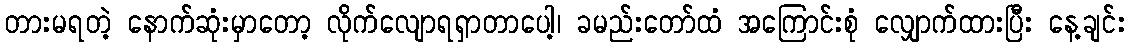
တားမရတဲ့ နောက်ဆုံးမှာတော့ လိုက်လျောရရှာတာပေါ့၊ ခမည်းတော်ထံ အကြောင်းစုံ လျှောက်ထားပြီး နေ့ချင်း